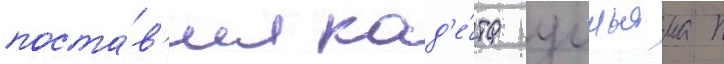
поста́в'ил кад'е́та уильяма п